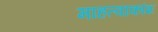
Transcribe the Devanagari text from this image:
माहत्वाकांश